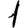
Digit: 1